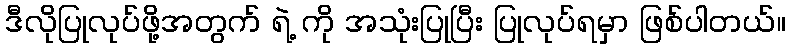
ဒီလိုပြုလုပ်ဖို့အတွက် ရဲ့ ကို အသုံးပြုပြီး ပြုလုပ်ရမှာ ဖြစ်ပါတယ်။